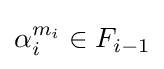
\alpha _{i}^{m_{i}}\in F_{i-1}